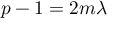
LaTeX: p - 1 = 2 m \lambda